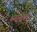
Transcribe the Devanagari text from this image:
स्नायुंचा